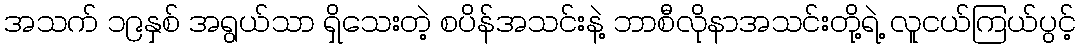
အသက် ၁၉နှစ် အရွယ်သာ ရှိသေးတဲ့ စပိန်အသင်းနဲ့ ဘာစီလိုနာအသင်းတို့ရဲ့ လူငယ်ကြယ်ပွင့်